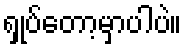
ရှုပ်တော့မှာပါပဲ။